Madras plague regulations in force outside the Presidency town - Volume 7
Disease focus: Plague
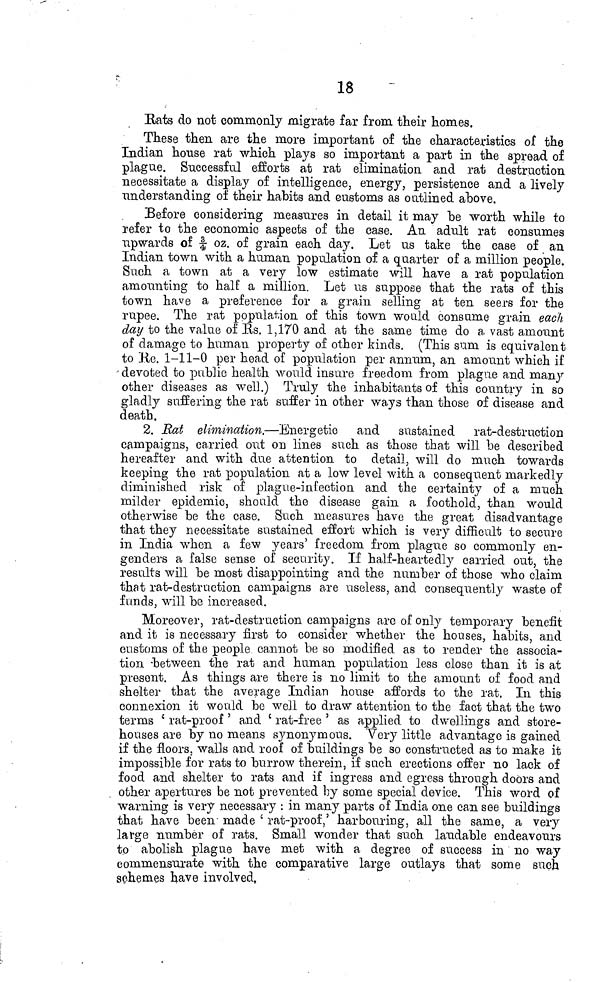
18
Bats do not commonly migrate far from their homes,
These then are the more important of the characteristics of the
Indian house rat which plays so important a part in the spread of
plague. Successful efforts at rat elimination and rat destruction
necessitate a display of intelligence, energy, persistence and a lively
understanding of their habits and customs as outlined above.
Before considering measures in detail it may be worth while to
refer to the economic aspects of the case. An adult rat consumes
upwards of |- oz. of grain each day. Let us take the case of an
Indian town with a human population of a quarter of a million people.
Such a town at a very low estimate will have a rat population
amounting to half a million. Let us suppose that the rats of this
town have a preference for a grain selling at ten seers for the
rupee. The rat population of this town would consume grain each
day to the value of Us. 1,170 and at the same time do a vast amount
of damage to human property of other kinds. (This sum is equivalent
to He. 1-11-0 per head of population per annum, an amount which if
-devoted to public health would insure freedom from plague and many
other diseases as well.) Truly the inhabitants of this country in so
gladly suffering the rat suffer in other ways than those of disease and
death,
2. Rat elimination.—Energetic and sustained rat-destruction
campaigns, carried out on lines such as those that will be described
hereafter and with due attention to detail, will do much towards
keeping the rat population at a low level with a consequent markedly
diminished risk of plague-infection and the certainty of a much
milder epidemic, should the disease gain a foothold, than would
otherwise be the case. Such measures have the great disadvantage
that they necessitate sustained effort which is very difficult to secure
in India when a few years' freedom from plague so commonly en-
genders a false sense of security. If half-heartedly carried out, the
results will be most disappointing and the number of those who claim
that rat-destruction campaigns are useless, and consequently waste of
funds, will be increased.
Moreover, rat-destruction campaigns are of only temporary benefit
and it is necessary first to consider whether the houses, habits, and
customs of the people cannot be so modified as to render the associa-
tion -between the rat and human population less close than it is at
present. As things are there is no limit to the amount of food a,nd
shelter that the average Indian house affords to the rat. In this
connexion it would be well to draw attention to the fact that the two
terms { rat-proof ' and ' rat-free ' as applied to dwellings and store-
houses are by no means synonymous. Very little advantage is gained
if the floors, walls and roof of buildings be so constructed as to make it
impossible for rats to burrow therein, if such erections offer no lack of
food and shelter to rats and if ingress and egress through doors and
other apertures be not prevented by some special device. This word of
warning is very necessary : in many parts of India one can see buildings
that have been' made ' rat-proof,' harbouring, all the same, a very
large number of rats. Small wonder that such laudable endeavours
to abolish plague have met with a degree of success in no way
commensurate with the comparative large outlays that some such
schemes have involved,